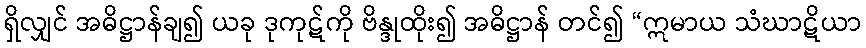
ရှိလျှင် အဓိဋ္ဌာန်ချ၍ ယခု ဒုကုဋ်ကို ဗိန္ဒုထိုး၍ အဓိဋ္ဌာန် တင်၍ “ဣမာယ သံဃာဋိယာ